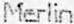
MERLIN